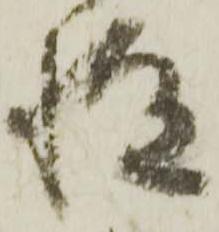
指